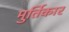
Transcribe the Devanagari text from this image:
मुर्तिकार